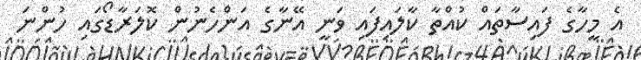
އެ މީހާގެ ފައިސާތައް ކުއްތާ ކާލައިފައި ވަނީ އޭނާގެ އަންހެނުން ކޮލަރާޑޯގައި ހުންނަ